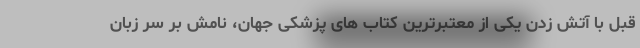
قبل با آتش زدن یکی از معتبرترین کتاب های پزشکی جهان، نامش بر سر زبان